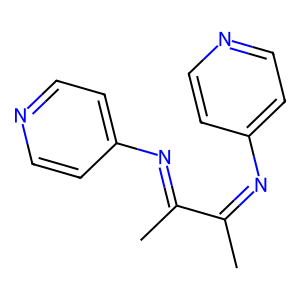
SMILES: CC(=Nc1ccncc1)C(C)=Nc1ccncc1
Inhibits HIV replication: No